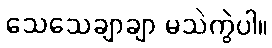
သေသေချာချာ မသဲကွဲပါ။